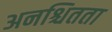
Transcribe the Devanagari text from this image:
अनश्चितता